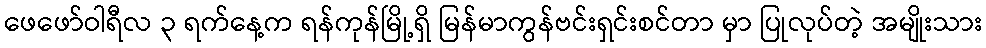
ဖေဖော်ဝါရီလ ၃ ရက်နေ့က ရန်ကုန်မြို့ရှိ မြန်မာကွန်ဗင်းရှင်းစင်တာ မှာ ပြုလုပ်တဲ့ အမျိုးသား